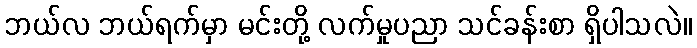
ဘယ်လ ဘယ်ရက်မှာ မင်းတို့ လက်မှုပညာ သင်ခန်းစာ ရှိပါသလဲ။